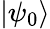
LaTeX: |\psi_{0}\rangle